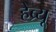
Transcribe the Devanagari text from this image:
हेब्र्यू